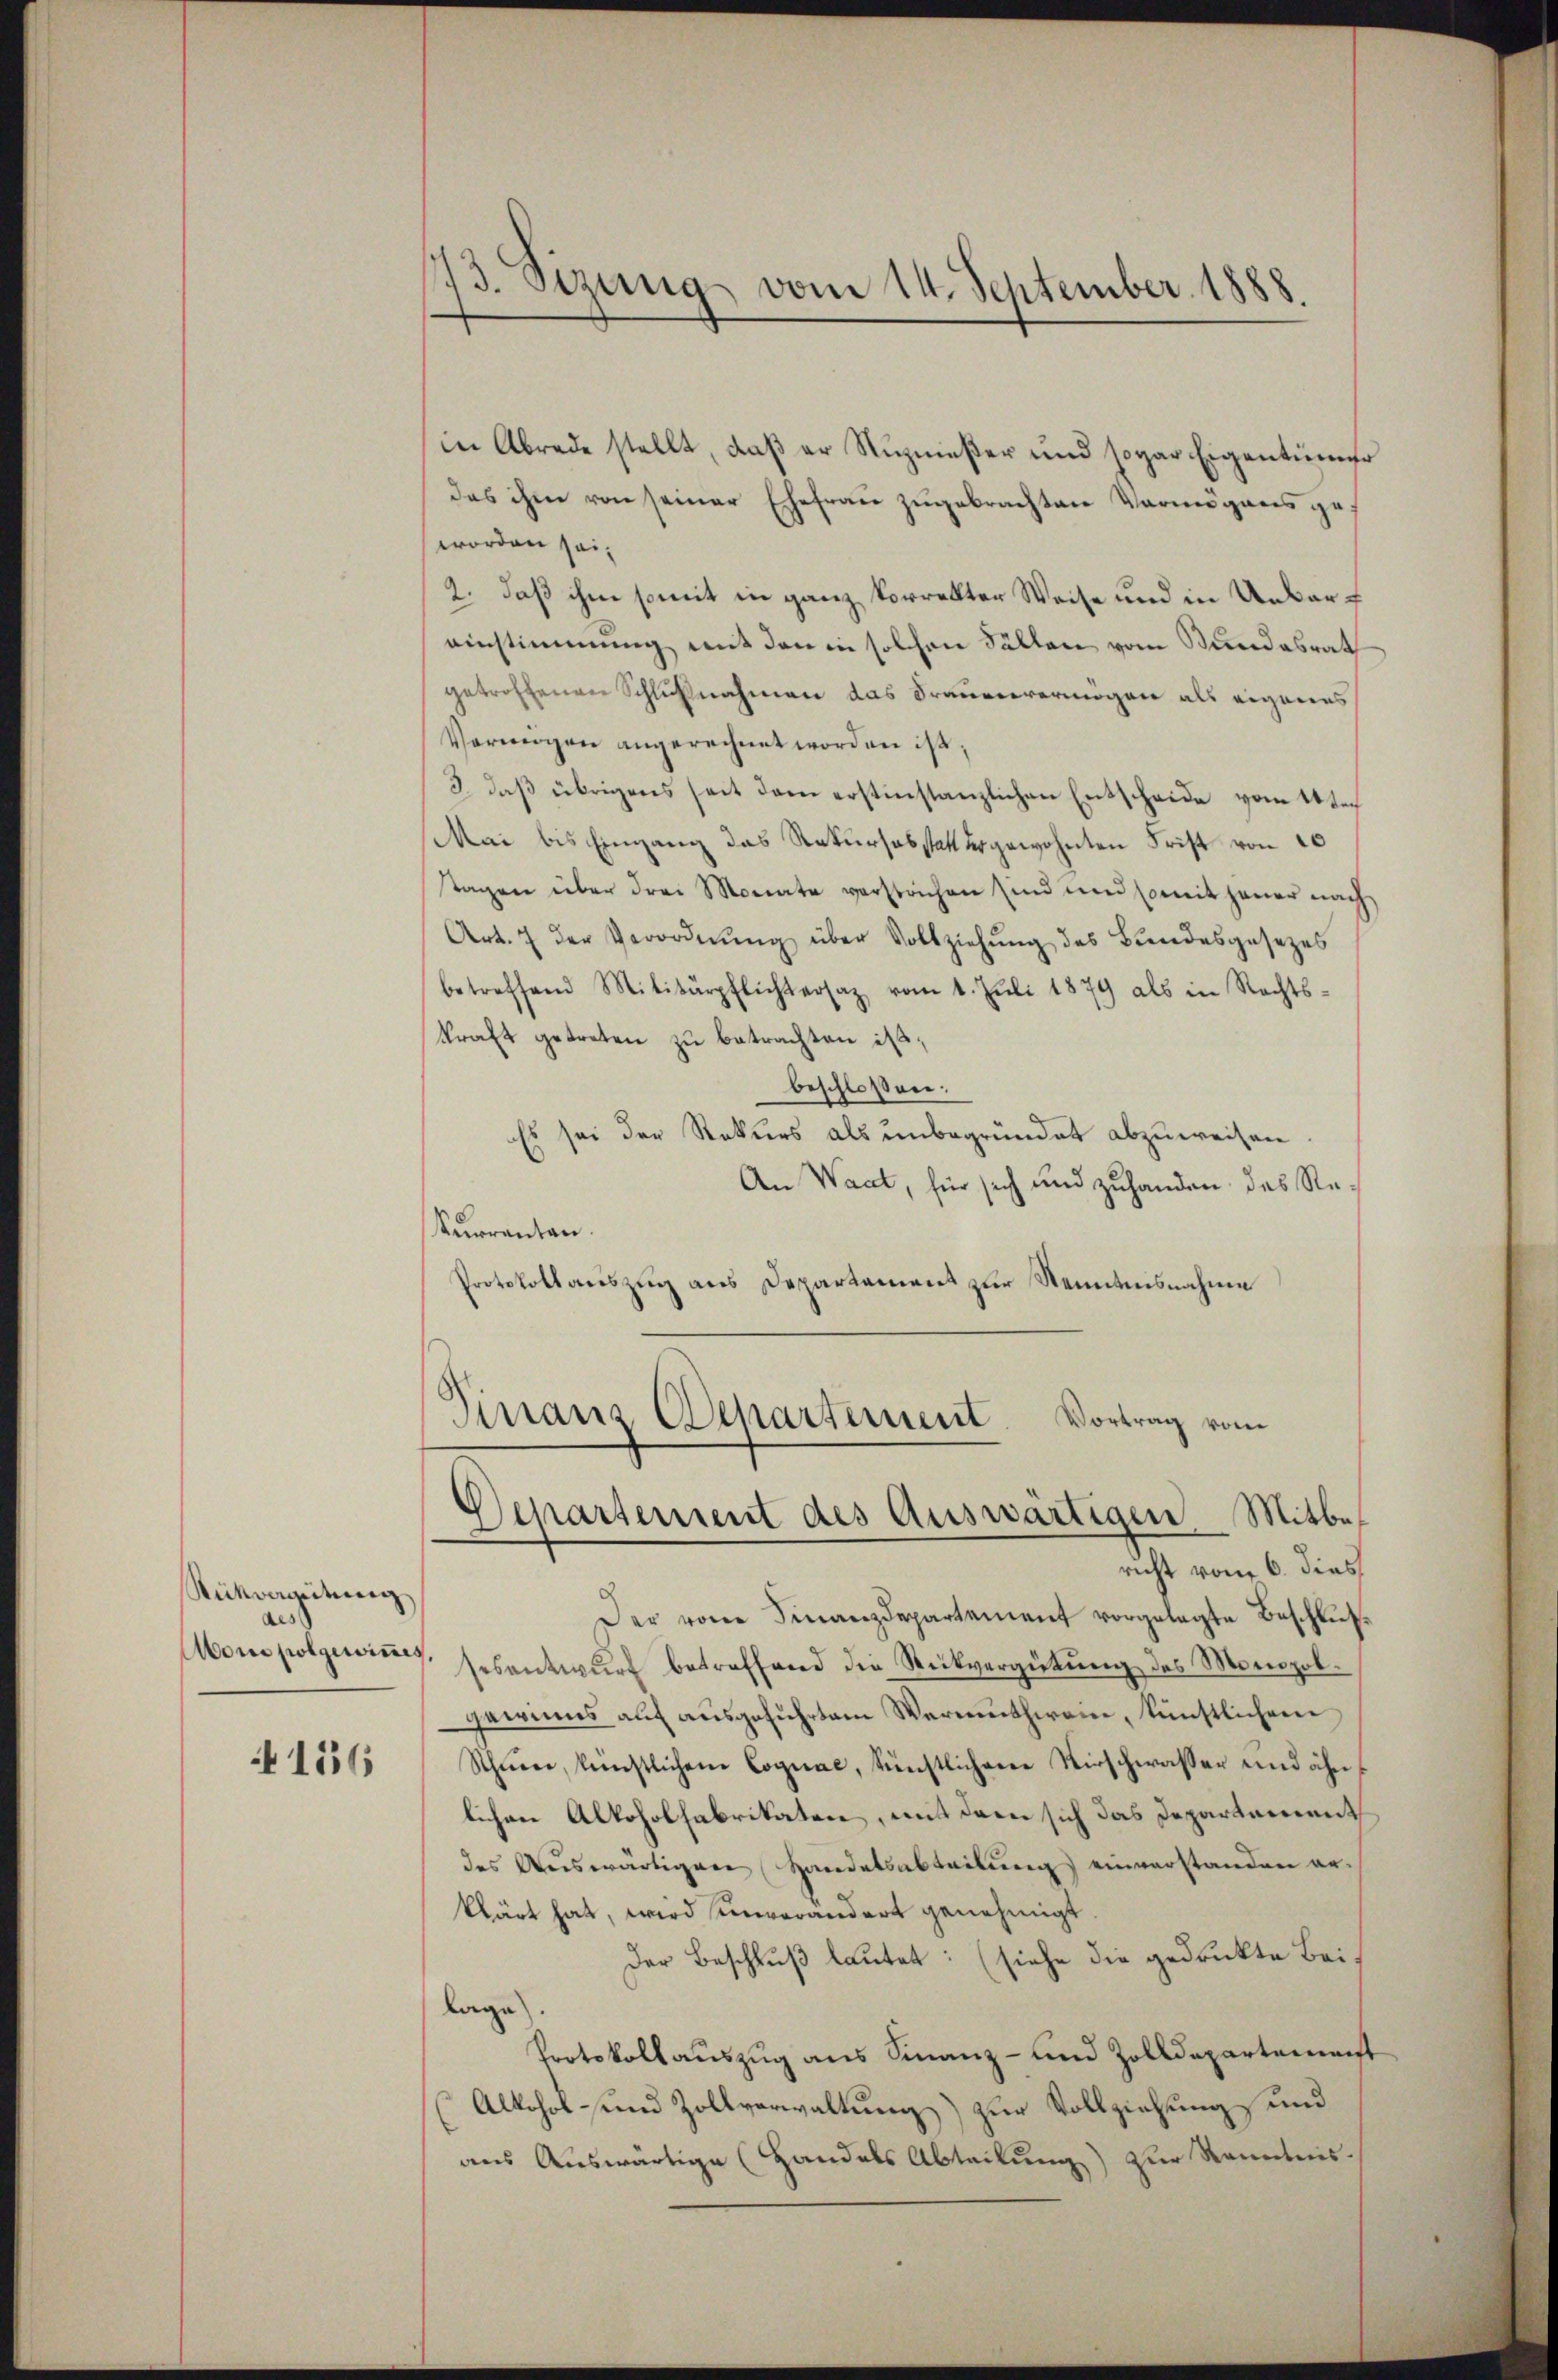
Rückvereitung
aes
Mon polgewinnes,

4156

173. Sizung vom 14. September 1888.

in Abrede stellt, daß er Nuzmeßer und sogar Eigentümer
das ihm von seiner Ehefrau zugebrachten Vermögens ge
worden sei¬
2. daß ihne somit in ganz korrekter Weise und in Unbareinstimmung mit den in solchen Fällen vom Bundesrat
getroffenen Schlußnahmen das Frauenvermögen als eigenes
Vermögen angerechnet worden ist.
3. daβ übrigens heit dem erstinstanzlichen Entscheide vom 14ten
Mai bis Eingang das Rekursabstattergewohnten Frist von 10
tagen über drei Monate verstochen sind und somit jener nach
Art. 7 der Verordnŭng über Vollziehung des Bundesgesezes
betreffend Militärpflichtersaz vom 1. Jŭli 1879 als in Rechts-
kraft getreten zu betrachten ist;
beschloßen:
Es sei der Rekurs als unbegründet abzuweisen.
An Waat, für sich und zuhanden das Re¬
Kurrantan.
Protokollauszug aus Departament zur Nenntnisnahme

Finanz Departement Vortrag vom
Departement des Auswärtigen Mitbes
richt vom 6. dies

d
Der von Finanzdepartement vorgelegte Beschlussesentwŭrf betreffend die Rückvergütŭng des Monopolgewinns auf ausgeführten Vermuthwein, künstlichem
Schnee, künstlichem Cognac, künstlichen Kirschwasser und ähnlichen Alkoholfabrikaten, mit dem sich das Departement
des Auswärtigen Handelsabteilung einverstanden erklärt hat, wird unverändert genehmigt.
Der Beschluß lautet: (siehe die gedruckte Bei-
lage).
Protokollauszug aus Finanz- und Zolldepartement
Alkohol und Zollverwaltung) zur Vollziehung und
aus Auswärtige (Handels Abteilung) zur Kenntnis-